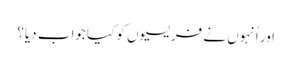
‏ اور اُنہوں نے فریسیوں کو کیا جواب دیا؟